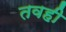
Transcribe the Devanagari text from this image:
तवही